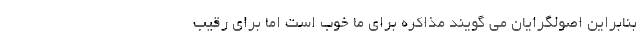
بنابراین اصولگرایان می گویند مذاکره برای ما خوب است اما برای رقیب